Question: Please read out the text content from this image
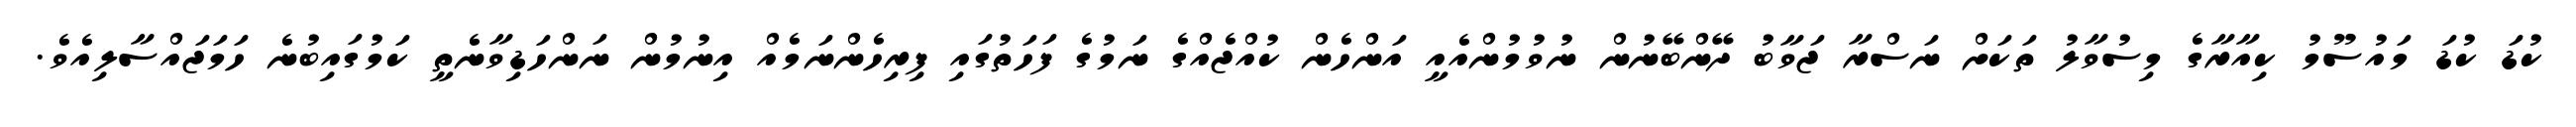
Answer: ކުޑަ ކުޑަ މައުސޫމު ކިއާރާގެ މިސުވާލު ތަކަށް ނަސްރާ ޖަވާބު ދޭންބޭނުން ނުވުމުންއެއީ އަންހެން ކުއްޖެއްގެ ނަމުގެ ފަހަތުގައި ފިރިހެންނަމެއް އިނުމުން ނަންހަޑިވާނެތީ ކަމުގައިބުނެ ހަމަޖައްސާލިއެވެ.